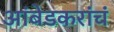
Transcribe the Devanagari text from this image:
आंबेडकरांचं